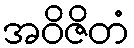
အဝိဇိတံ